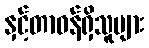
နှင့်တာဝန်ရှိသူများ